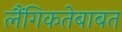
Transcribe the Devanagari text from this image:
लैंगिकतेबाबत